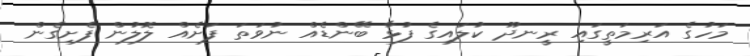
މަހުގެ އަރިމަތީގައި ރީނދޫ ކުލައިގެ ފުޅާ ބޭންޑެއް ނުވަތަ ފަށެއް ލޮލުން ފެށިގެން